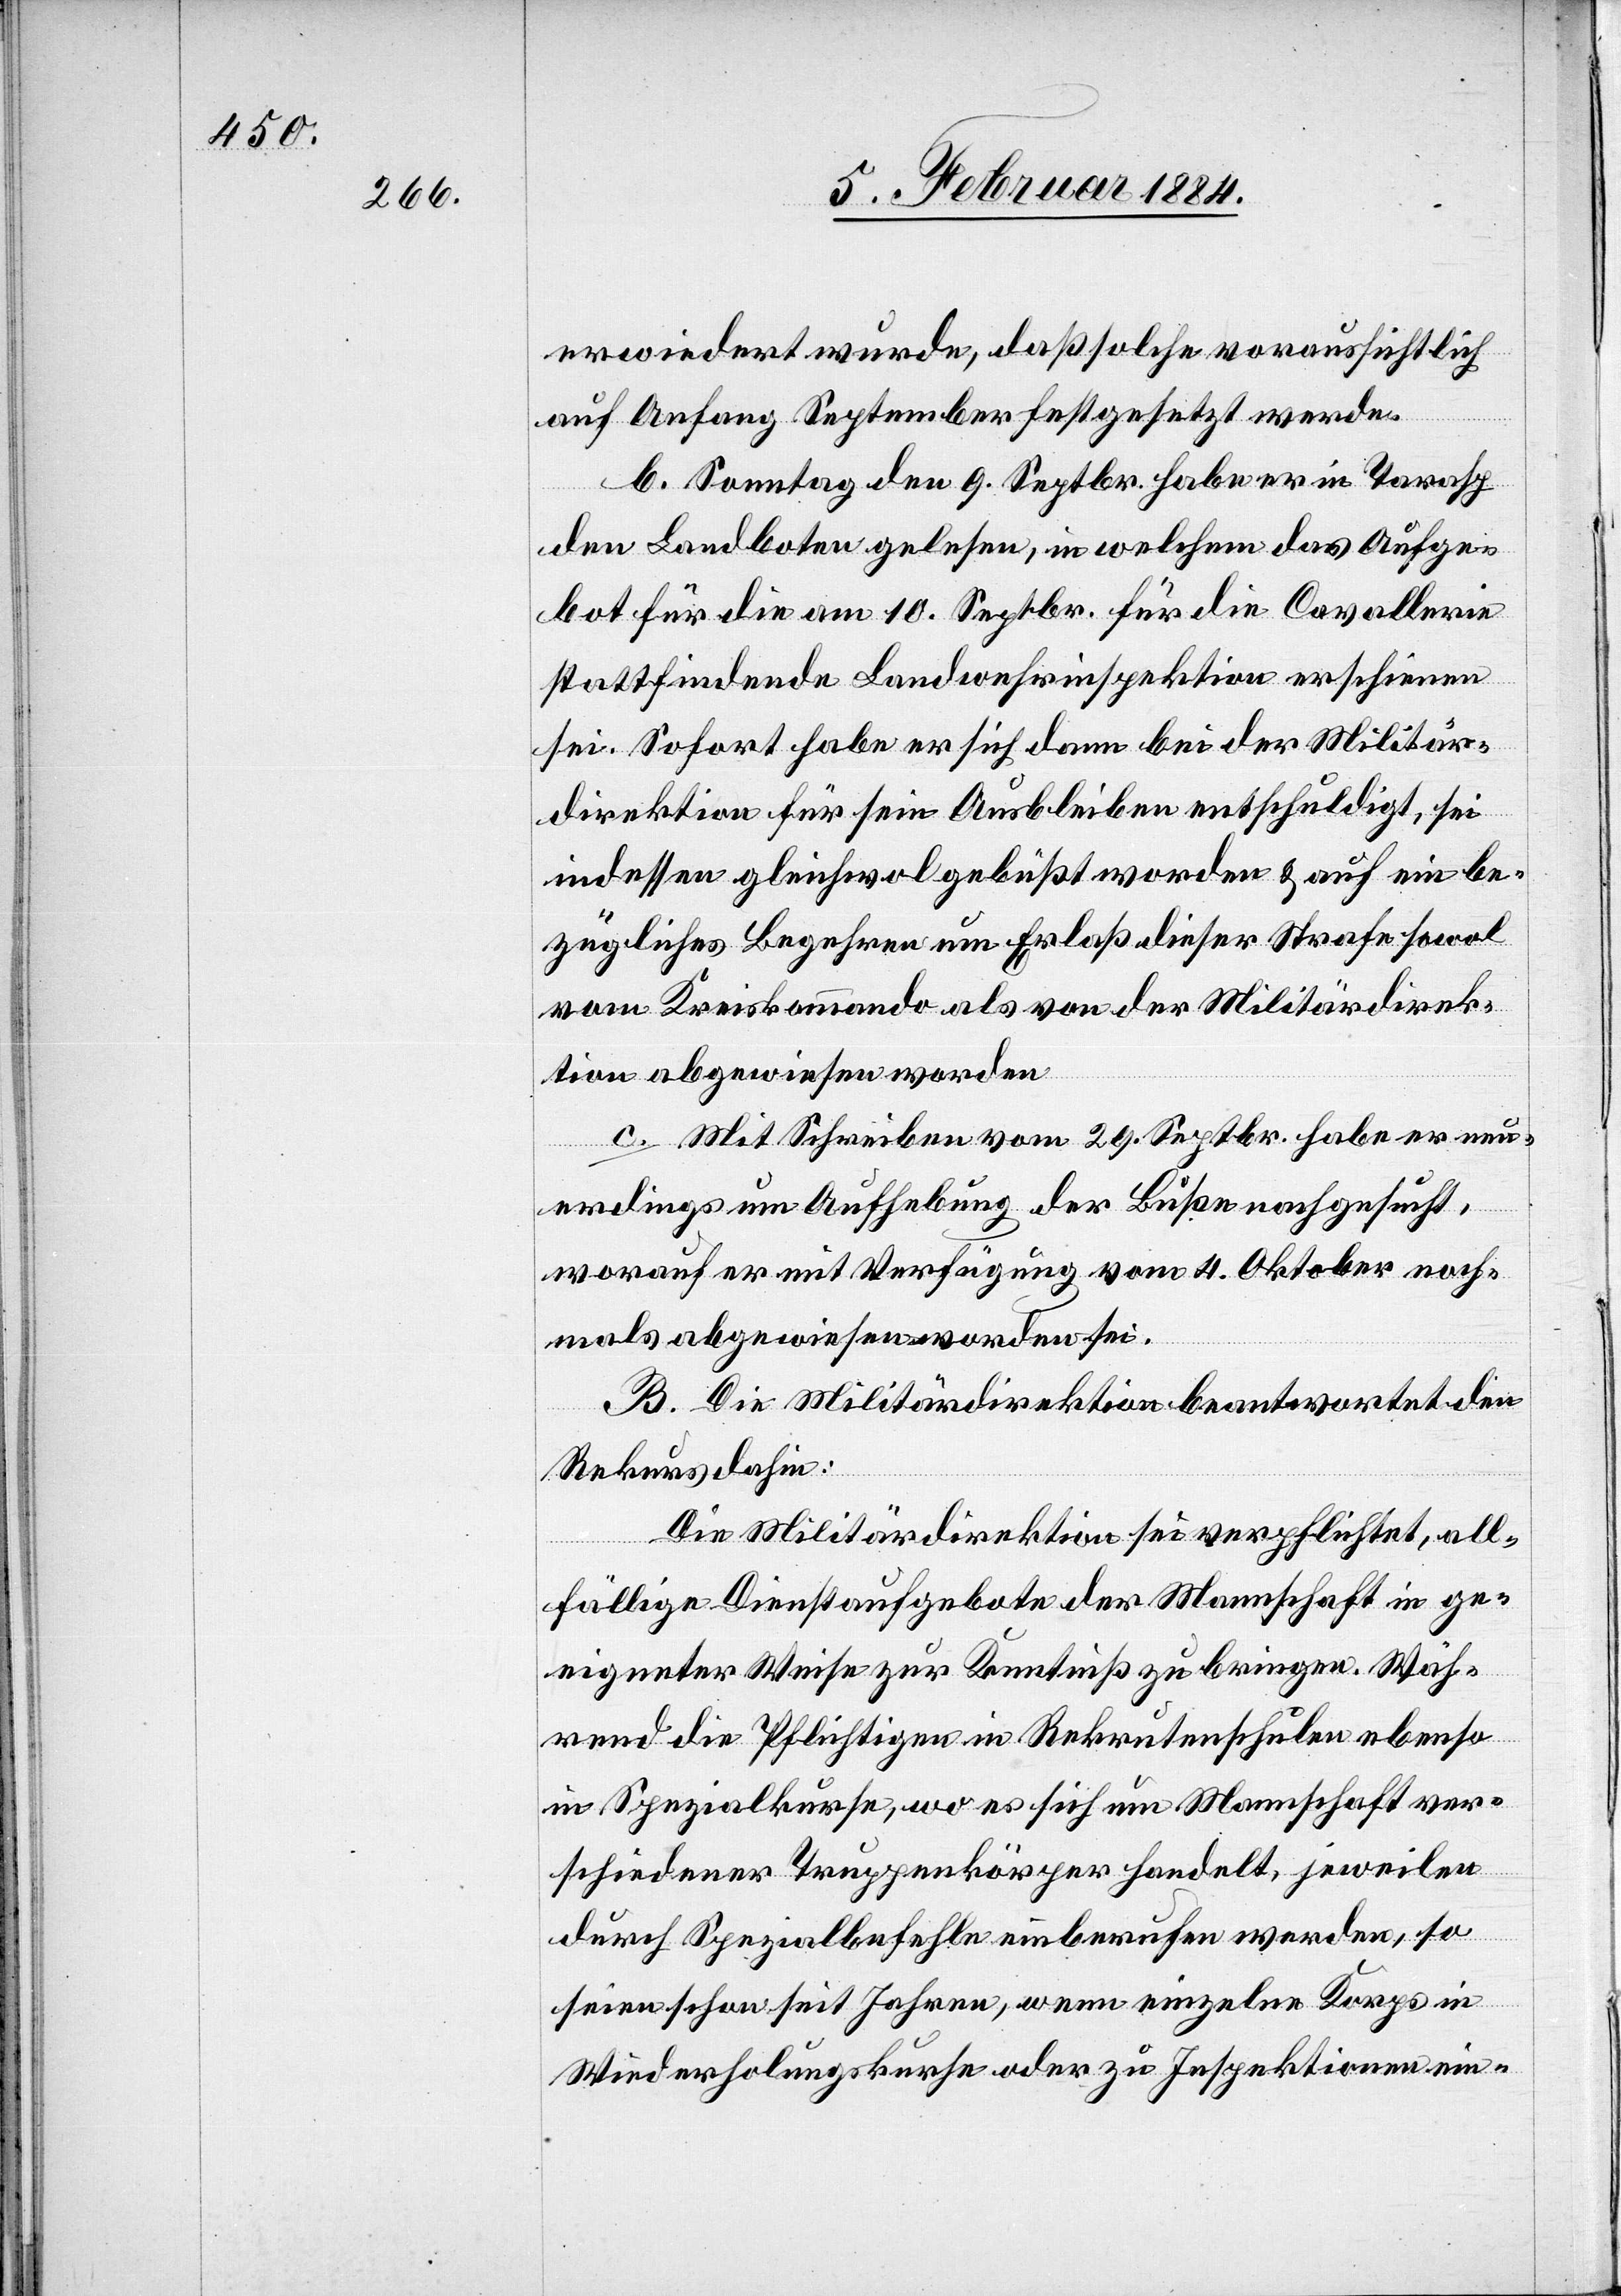
erwiedert wurde, daß solche voraussichtlich
auf Anfang September festgesetzt werden.
b. Sonntag den 9. Septbr. habe er in Tarasp
den Landboten gelesen, in welchem das Aufge¬
bot für die am 10. Septbr. für die Cavallerie
stattfindende Landwehrinspektion erschienen
sei. Sofort habe er sich dann bei der Militär¬
direktion für sein Ausbleiben entschuldigt, sei
indessen gleichwol gebüßt worden & auf ein be¬
zügliches Begehren um Erlaß dieser Strafe sowol
vom Kreiskommando als von der Militärdirek¬
tion abgewiesen worden.
c. Mit Schreiben vom 29. Septbr. habe er neu¬
erdings um Aufhebung der Buße nachgesucht,
worauf er mit Verfügung vom 4. Oktober noch¬
mals abgewiesen worden sei.
B. Die Militärsdirektion beantwortet den
Rekurs dahin:
Die Militärdirektion sei verpflichtet, all¬
fällige Dienstaufgebote der Mannschaft in ge¬
eigneter Weise zur Kenntniß zu bringen. Wäh¬
rend die Pflichtigen in Rekrutenschulen ebenso
in Spezialkursen, wo es sich um Mannschaften ver¬
schiedener Truppenkörper handelt, jeweilen
durch Spezialbefehle einberufen werden, so
seien schon seit Jahren, wenn einzelne Korps in
Wiederholungskurse oder zu Inspektionen ein-